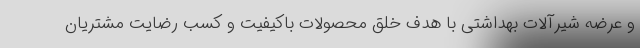
و عرضه شیرآلات بهداشتی با هدف خلق محصولات باکیفیت و کسب رضایت مشتریان